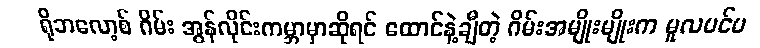
ရိုဘလော့စ် ဂိမ်း အွန်လိုင်းကမ္ဘာမှာဆိုရင် ထောင်နဲ့ချီတဲ့ ဂိမ်းအမျိုးမျိုးက မူလပင်မ